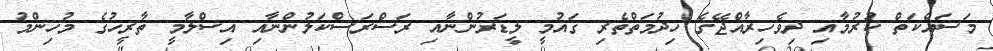
މަސައްކަތް ކުރުމާއި ދިވެހިރާއްޖޭގެ ހިދުމަތްތެރި ގައުމީ ލީޑަރުންނާއި ރަސްރަސްކަލުންނާއި އިސްލާމީ ތާރީހުގެ މުހިންމު